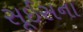
સૂઈસના